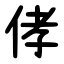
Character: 侾